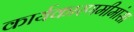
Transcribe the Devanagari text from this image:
कार्यकारणमीमांसा